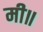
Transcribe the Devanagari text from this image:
मी॥